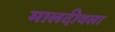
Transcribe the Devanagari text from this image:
मालदीवला